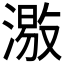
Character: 𱨱